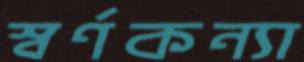
স্বর্ণকন্যা